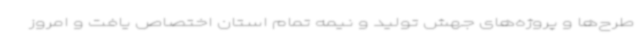
طرح‌ها و پروژه‌های جهش تولید و نیمه تمام استان اختصاص یافت و امروز